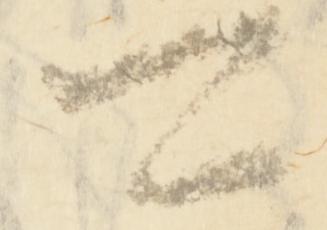
可